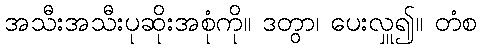
အသီးအသီးပုဆိုးအစုံကို။ ဒတွာ၊ ပေးလှူ၍။ တံစ